FBI Photo B18
Agency: FBI
Incident date: Late 2025
Incident location: Western United States
Page 1
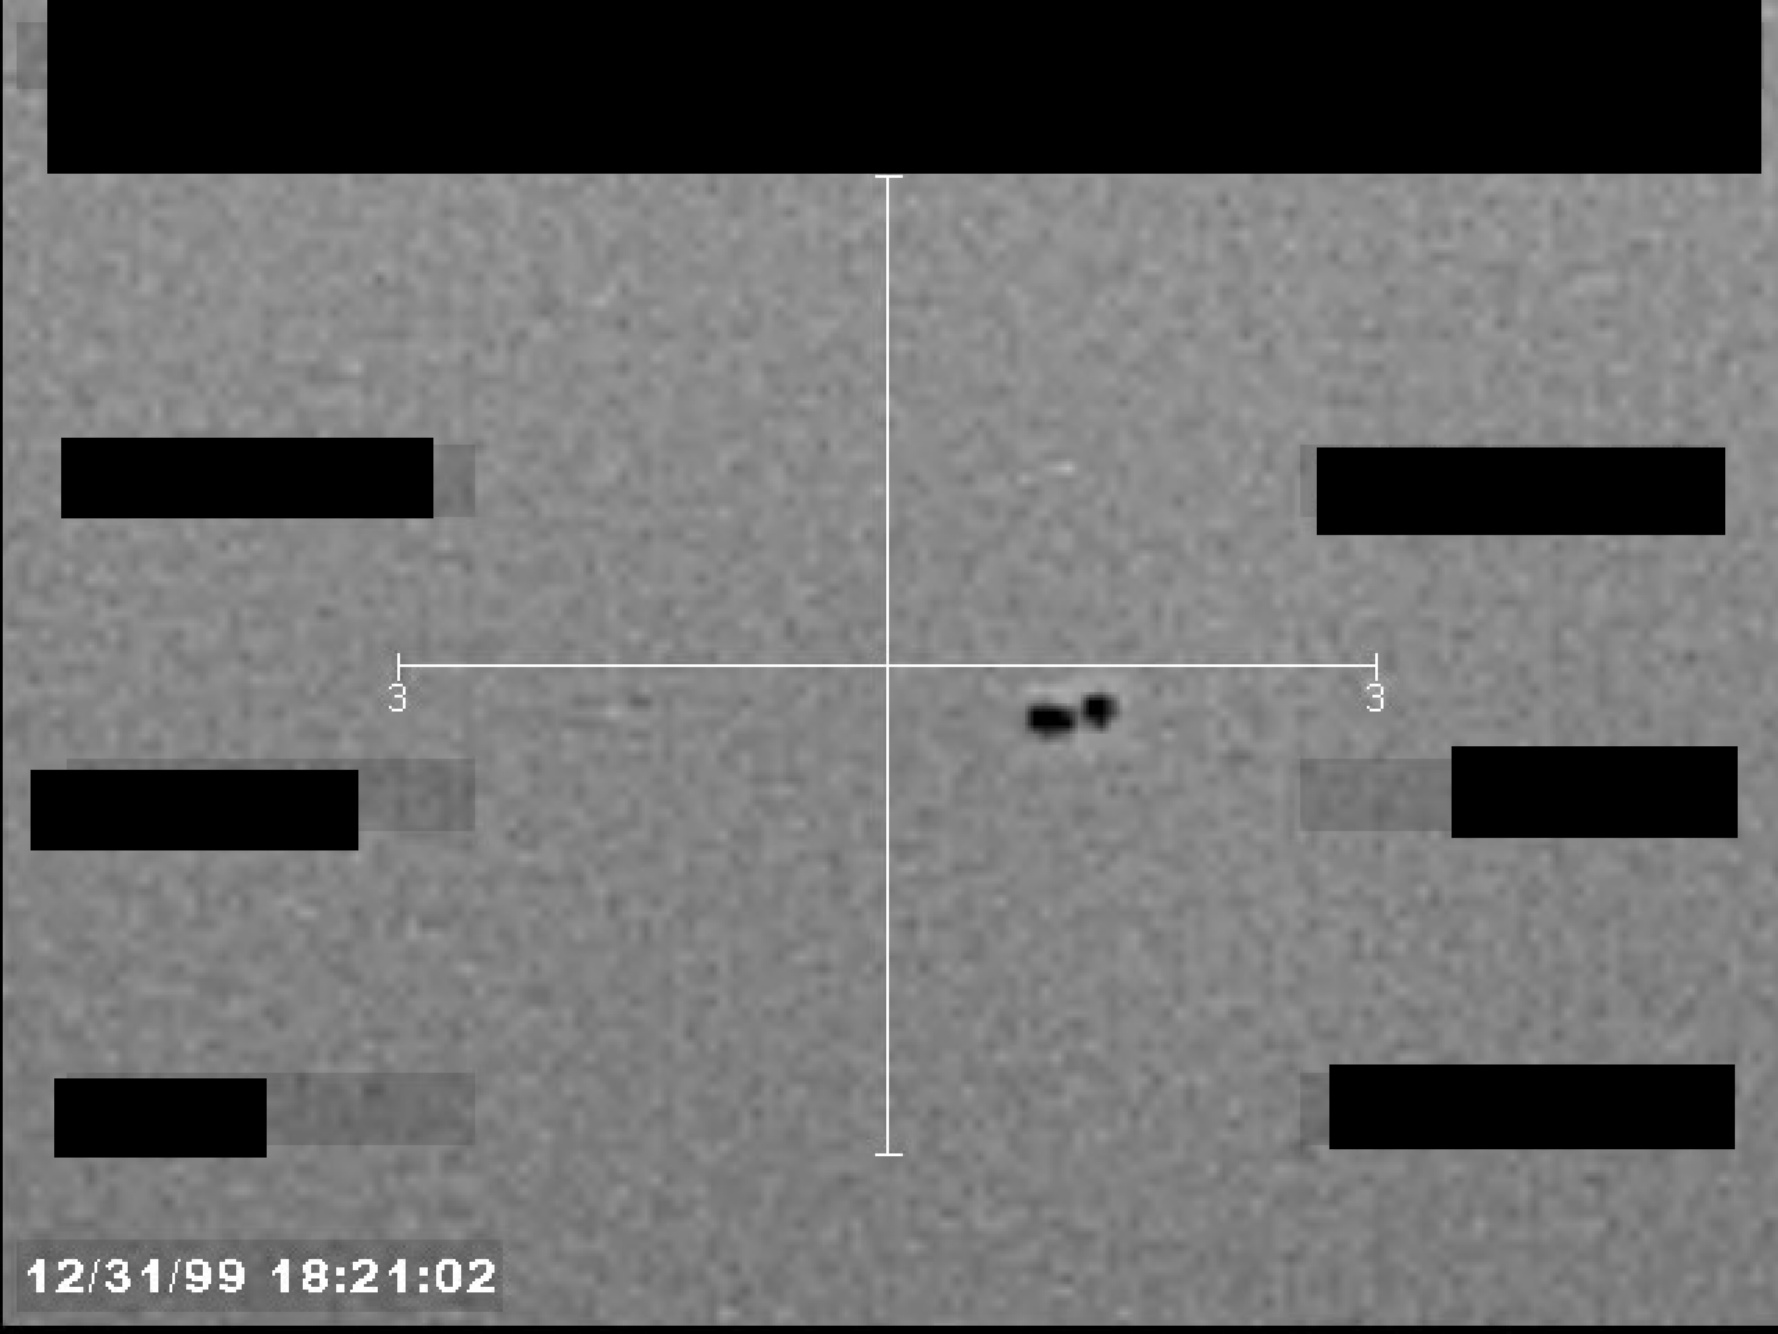